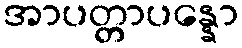
အာပတ္တာပန္နော